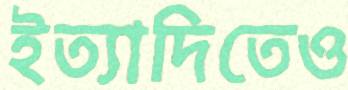
ইত্যাদিতেও